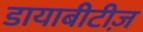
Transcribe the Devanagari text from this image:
डायाबीटीज़